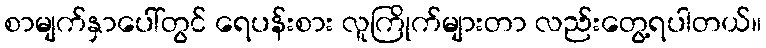
စာမျက်နှာပေါ်တွင် ရေပန်းစား လူကြိုက်များတာ လည်းတွေ့ရပါတယ်။